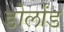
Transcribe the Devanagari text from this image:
डोर्लांड